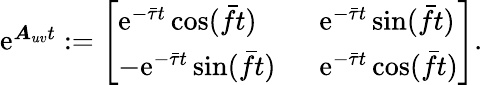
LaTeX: \begin{array}{r}{\mathrm{e}^{\boldsymbol{A}_{uv}t}:=\left[\begin{array}{ll}{\mathrm{e}^{-\bar{\tau}t}\cos(\bar{f}t)\; \; }&{\mathrm{e}^{-\bar{\tau}t}\sin(\bar{f}t)}\\ {-\mathrm{e}^{-\bar{\tau}t}\sin(\bar{f}t)\; \; }&{\mathrm{e}^{-\bar{\tau}t}\cos(\bar{f}t)}\end{array}\right].}\end{array}